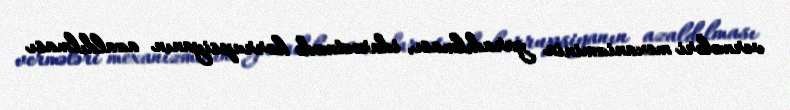
vermələri mexanizminin yaradılması, idarəetmədə korrupsiyanın azaldılması